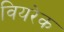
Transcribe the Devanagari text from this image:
वियरेक